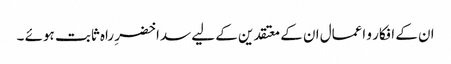
ان کے افکار و اعمال ان کے معتقدین کے لیے سدا خضرِ راہ ثابت ہوئے ۔